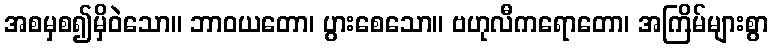
အစမှစ၍မှိဝဲသော။ ဘာဝယတော၊ ပွားစေသော။ ဗဟုလီကရောတော၊ အကြိမ်များစွာ